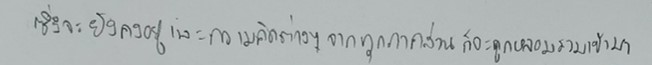
ซึ่งจะยังคงอยู่และความคิดต่างๆจากทุกภาคส่วนก็จะถูกหลอมรวมเข้ามา